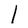
Character: I